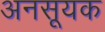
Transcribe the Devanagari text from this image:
अनसूयक